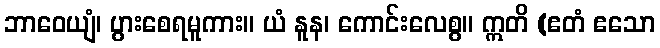
ဘာဝေယျံ၊ ပွားစေရမူကား။ ယံ နူန၊ ကောင်းလေစွ။ ဣတိ (ဧတံ ဧသော